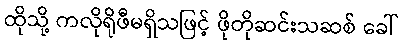
ထိုသို့ ကလိုရိုဖီမရှိသဖြင့် ဖိုတိုဆင်းသဆစ် ခေါ်